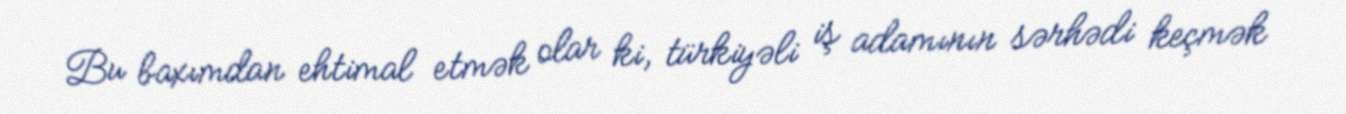
Bu baxımdan ehtimal etmək olar ki, türkiyəli iş adamının sərhədi keçmək